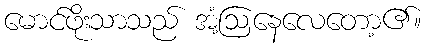
မောင်ဖိုးသာသည် အံ့ဩနေလေတော့၏။